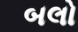
બલો